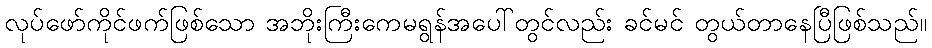
လုပ်ဖော်ကိုင်ဖက်ဖြစ်သော အဘိုးကြီးကေမရွန်အပေါ်တွင်လည်း ခင်မင် တွယ်တာနေပြီဖြစ်သည်။